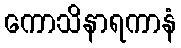
ကောသိနာရကာနံ